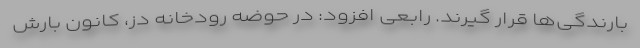
بارندگی‌ها قرار گیرند. رابعی افزود: در حوضه رودخانه دز، کانون بارش